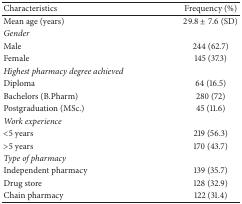
<table><thead><tr><td><b>Characteristics </b></td><td><b>Frequency (%)</b></td></tr></thead><tbody><tr><td>Mean age (years)</td><td>29.8 ± 7.6 (SD)</td></tr><tr><td><i>Gender</i></td><td> </td></tr><tr><td>Male</td><td>244 (62.7)</td></tr><tr><td>Female</td><td>145 (37.3)</td></tr><tr><td><i>Highest pharmacy degree achieved</i></td><td> </td></tr><tr><td>Diploma</td><td>64 (16.5)</td></tr><tr><td>Bachelors (B.Pharm)</td><td>280 (72)</td></tr><tr><td>Postgraduation (MSc.)</td><td>45 (11.6)</td></tr><tr><td><i>Work experience</i></td><td> </td></tr><tr><td>&lt;5 years</td><td>219 (56.3)</td></tr><tr><td>&gt;5 years</td><td>170 (43.7)</td></tr><tr><td><i>Type of pharmacy </i></td><td> </td></tr><tr><td>Independent pharmacy</td><td>139 (35.7)</td></tr><tr><td>Drug store</td><td>128 (32.9)</td></tr><tr><td>Chain pharmacy</td><td>122 (31.4)</td></tr></tbody></table>